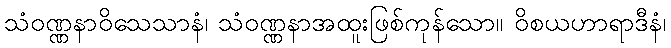
သံဝဏ္ဏနာဝိသေသာနံ၊ သံဝဏ္ဏနာအထူးဖြစ်ကုန်သော။ ဝိစယဟာရာဒီနံ၊